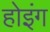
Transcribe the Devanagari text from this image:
होइंग